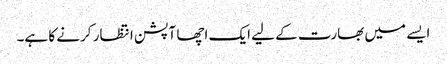
ایسے میں بھارت کے لیے ایک اچھا آپشن انتظار کرنے کا ہے۔